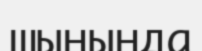
шынында